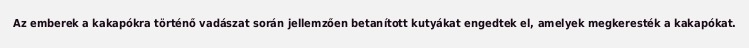
Az emberek a kakapókra történő vadászat során jellemzően betanított kutyákat engedtek el, amelyek megkeresték a kakapókat.